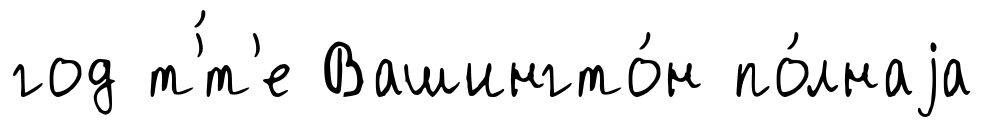
год т'́т'е Вашингто́н по́лнаjа